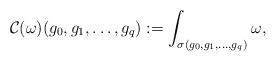
LaTeX: \begin{align*}\mathcal{C}(\omega) (g_0, g_1, \dots, g_q ):= \int_{\sigma ( g_0,g_1,\dots, g_q)} \omega, \end{align*}